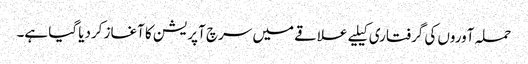
حملہ آوروں کی گرفتاری کیلیے علاقے میں سرچ آپریشن کا آغاز کردیا گیا ہے۔